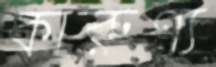
কারুণ্য